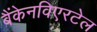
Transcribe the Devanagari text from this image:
बैंकेनविएरटेल